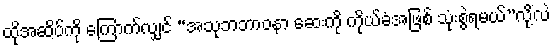
ထိုအဆိပ်ကို ကြောက်လျှင် “အသုဘဘာဝနာ ဆေးကို ကိုယ်ခံအဖြစ် သုံးစွဲရမယ်”လို့လဲ